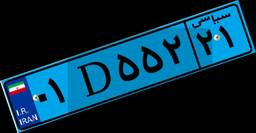
۰۱D۵۵۲۲۱